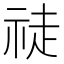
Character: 𱵎